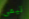
تيمى